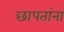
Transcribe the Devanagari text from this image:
छापतांना